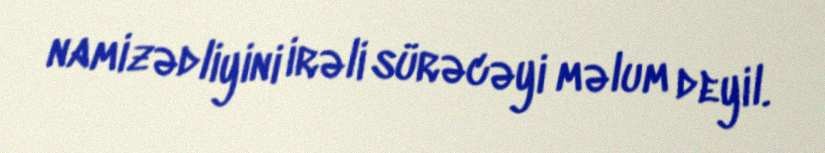
namizədliyini irəli sürəcəyi məlum deyil.